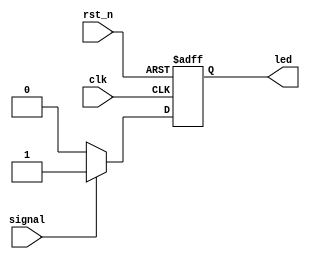
module led (input clk, 
            input rst_n, 
            input signal, 
            output reg led);

always @(posedge clk or negedge rst_n)
    if (!rst_n)
        led <= 0;
    else if (signal == 1)
        led <= 1;
    else
        led <= 0;

endmodule